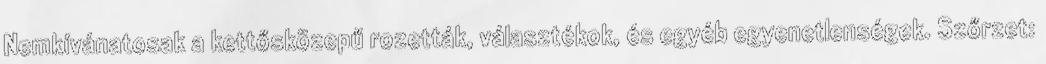
Nemkívánatosak a kettősközepű rozetták, választékok, és egyéb egyenetlenségek. Szőrzet: